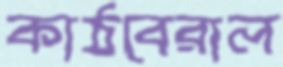
কাঠবেরাল